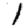
Digit: 1